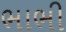
ભાભી